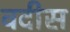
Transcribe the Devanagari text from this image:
वदीस